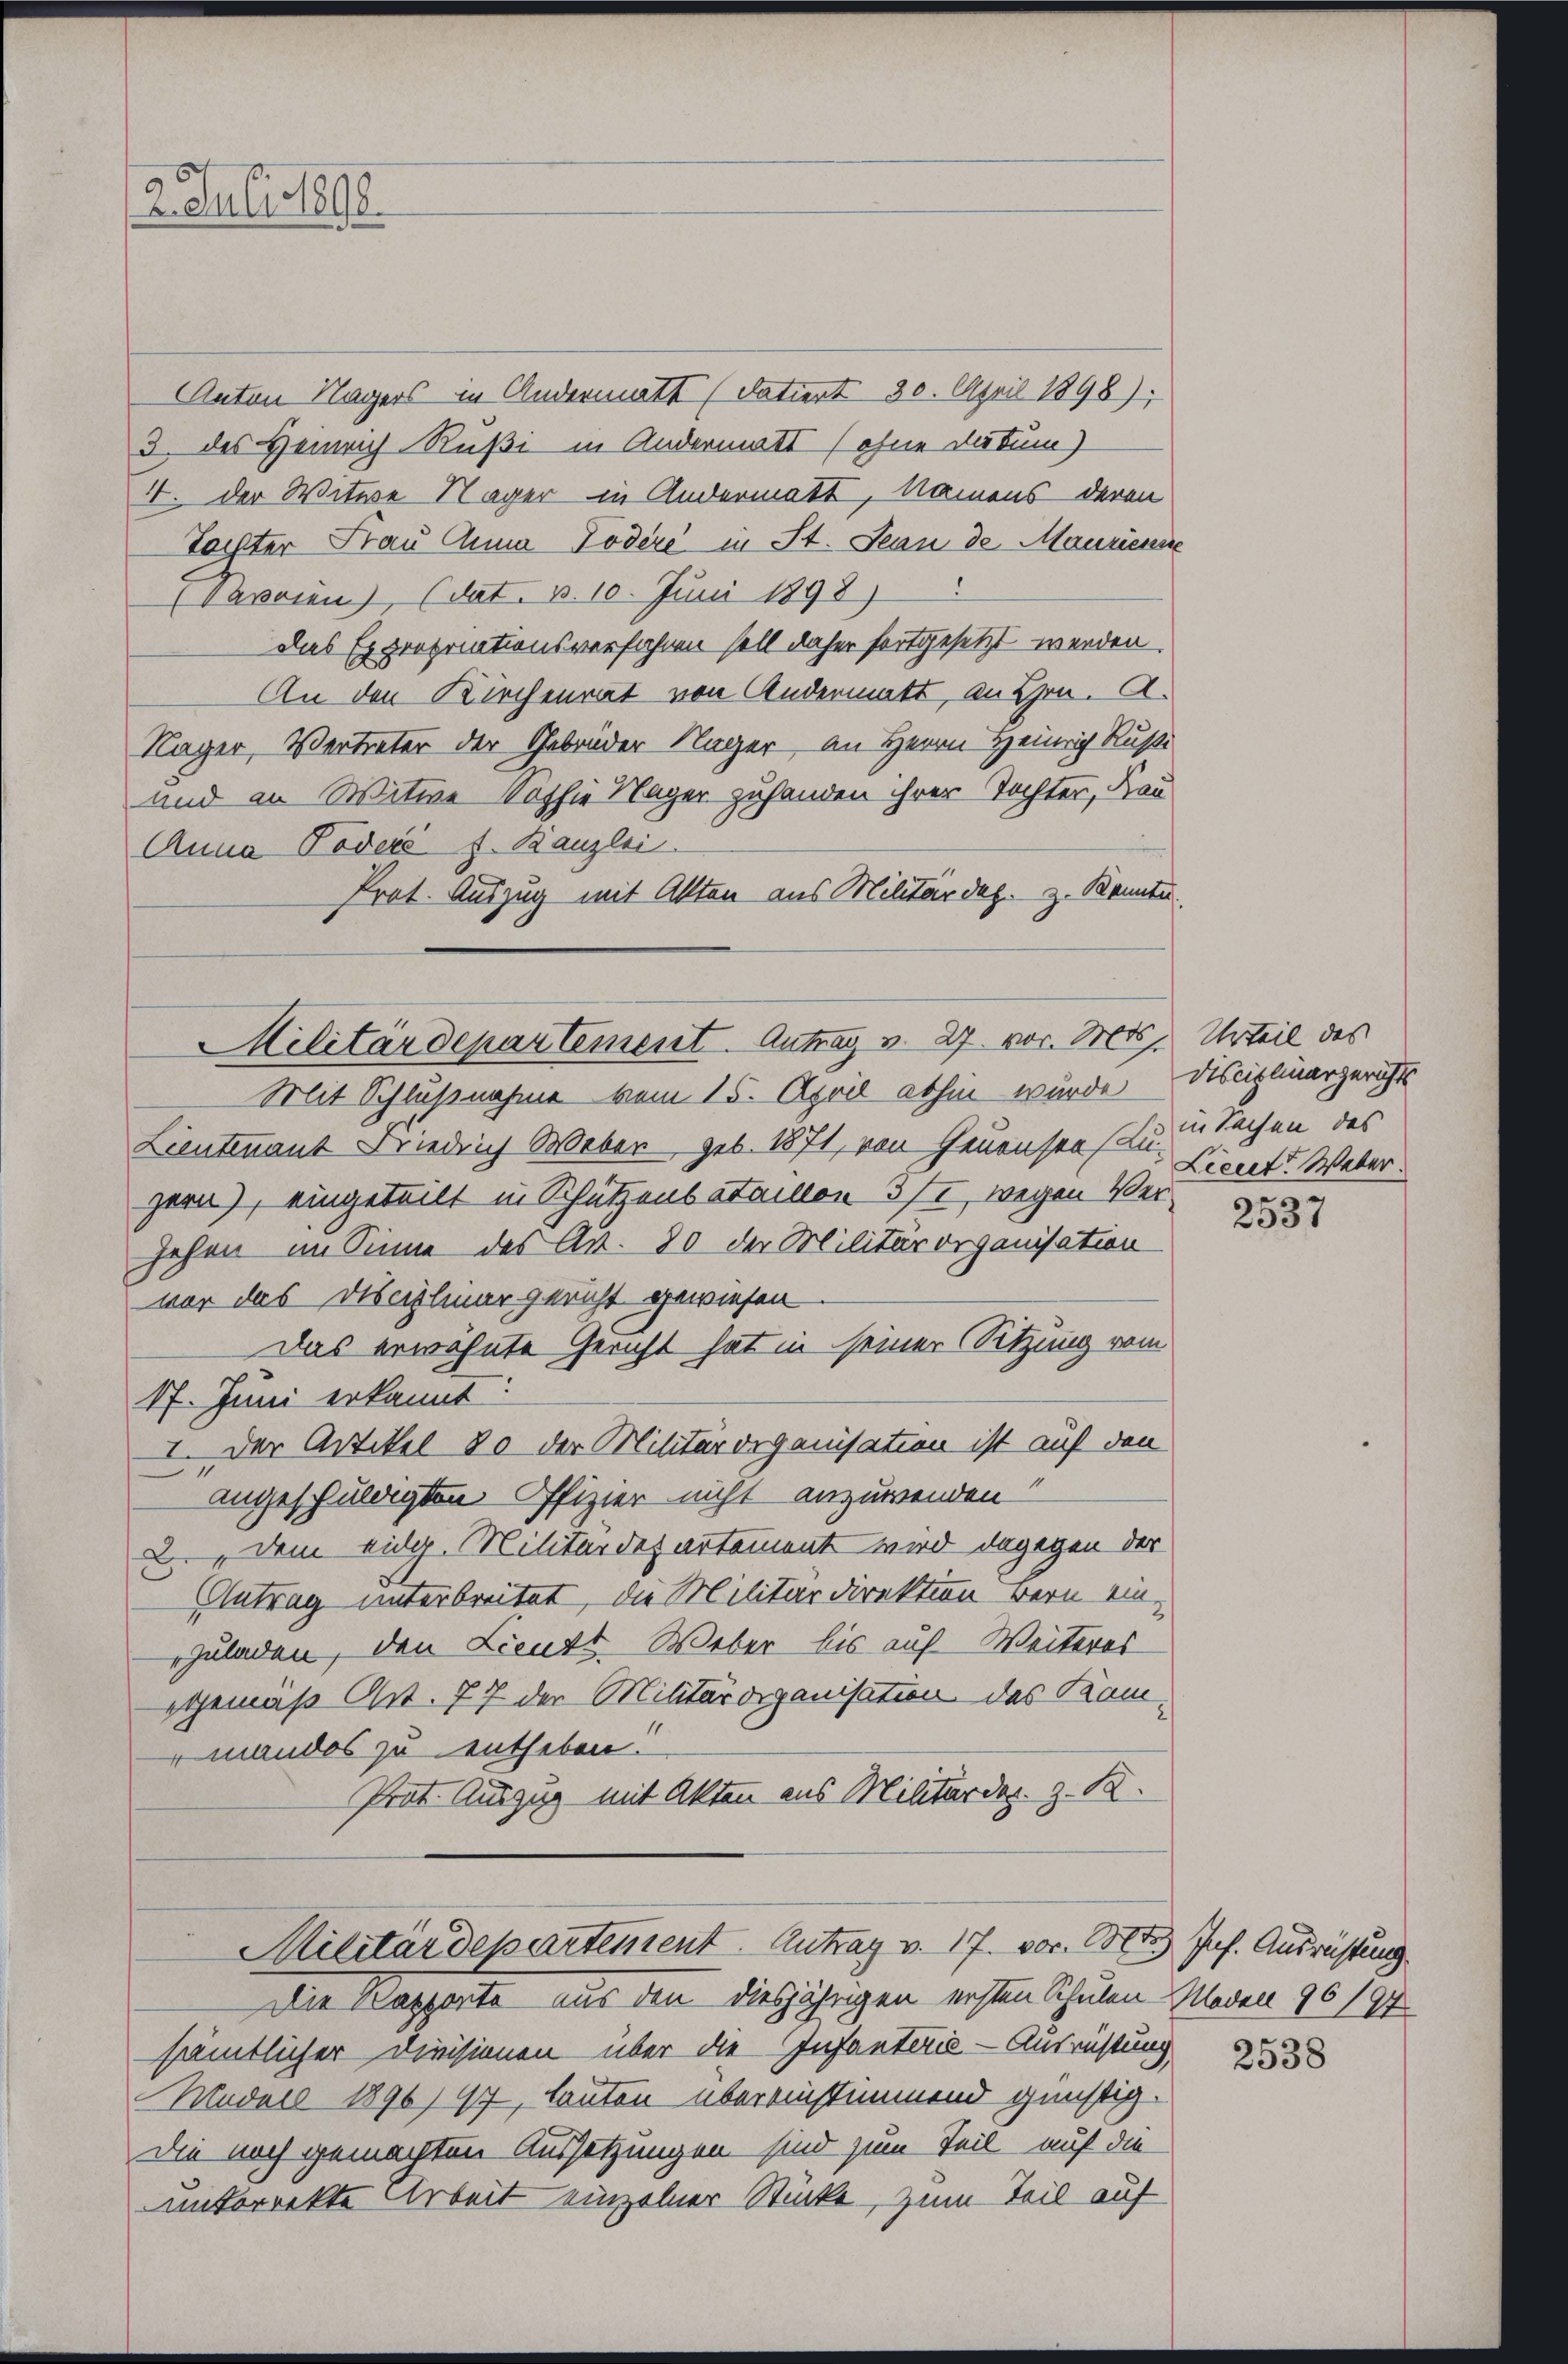
2. Juli 1898.

Anton Nagers in Andermatt (datiert 30. April 1898);
3. des Heinrich Rußi in Andermatt (ohne Datum)
4. der Witwe Näger in Andermatt, Namens deren
Tochter Frau Anna Podéré in St. Jean de Mauriens
(Davaien), (dat. B. 10. Juni 1898)
Das Expropriationsverfahren soll daher fortgesetzt werden.
An den Kirchenrat von Andermatt, an Hrn. A.
Kager, Vertreter der Gebrüder Kläger, an Herrn Heinrich Russi
und an Witwe Sophie Nager zuhanden ihrer Tochter, Frau
Anna Poder s. Kanzlei
Prot. Auszug mit Akten aus Militär dez. z. Kannte.

Militärdepartement. Antrag v. 27. vor. Mts. Urteil des

Mit Schlußnahme vom 15. April abhin würde
Lieutenant Friedrich Weber geb. 1871, von Heuenste Lieut. Weber
zern), eingeteilt in Schützenbataillon 37, wegen Versehen im Sinne des Art. 80 der Militärorganisation
vor das Disciplinargericht gewiesen
Das erwähnte Gericht hat in seiner Sitzung vom
17. Juni erkannt
I. Der Artikel 80 der Militärorganisation ist auf den
angeschuldigten Offizier nicht anzuwenden!
2. dem eidg. Militärdepartement wird dagegen der
Antrag unterbreitet, die Militärdirektion Bern einzuladen, den Lieute Weber bis auf Weiteres
gemäß Art. 77 der Militärorganisation des Kammandes zu entheben.
Prot. Auszug mit Akten aus Militärdes. z. B.

Militärdepartement. Antrag v. 17. vor. Otto Jos. Ausrüstung

Die Kapporte aus den diesjährigen ersten Schulen-Moden 96197
sämtlicher Divisionen über die Infanteris - Ausrüstung
Muder 1896) 97, lauten übereinstimmend günstig.
die noch gemachten Aussetzungen sind zum Teil auf die
nitorrekte Arbeit einzelner Stücke, zum Teil auf

Disciplinargerichts
in Sachen des

2537

2538